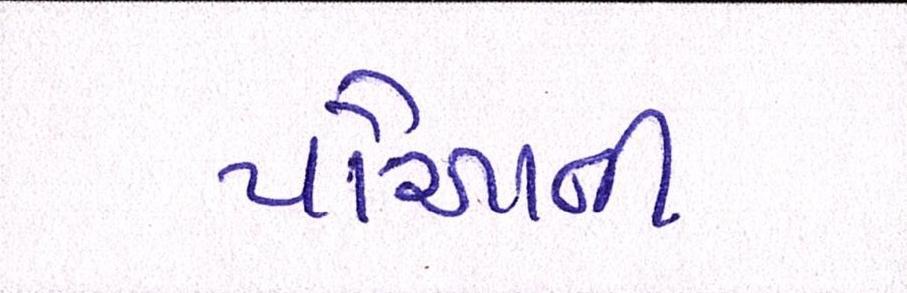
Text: પૌઆની